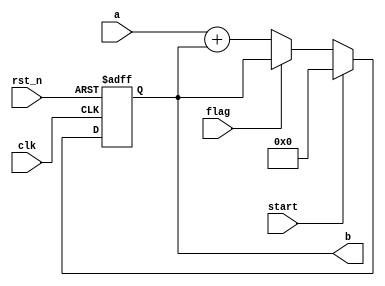
`timescale 1ns / 1ps
//////////////////////////////////////////////////////////////////////////////////
// Company: 
// Engineer: 
// 
// Design Name: 
// Module Name: adder
// Project Name: 
// Target Devices: 
// Tool Versions: 
// Description: 
// 
// Dependencies: 
// 
// Revision:
// Revision 0.01 - File Created
// Additional Comments:
// 
//////////////////////////////////////////////////////////////////////////////////


module adder(clk,rst_n,start,a,b,flag);
parameter N=4;
input clk,rst_n,start,flag;
input [2*N-1:0] a;
output [2*N-1:0] b;

reg [2*N-1:0] b;

always@(posedge clk or negedge rst_n)
begin
    if(!rst_n)
        b<=0;
    else if(start)
        b<=0;
    else if(!flag)
        b<=a+b;
end
endmodule